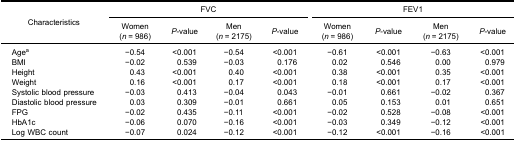
<table><thead><tr><td rowspan="3"><b>Characteristics</b></td><td colspan="4"><b>FVC</b></td><td colspan="4"><b>FEV1</b></td></tr><tr><td><b>Women(<i>n</i> = 986)</b></td><td><b><i>P</i>-value</b></td><td><b>Men(<i>n</i> = 2175)</b></td><td><b><i>P</i>-value</b></td><td><b>Women(<i>n</i> = 986)</b></td><td><b><i>P</i>-value</b></td><td><b>Men(<i>n</i> = 2175)</b></td><td><b><i>P</i>-value</b></td></tr></thead><tbody><tr><td>Age<sup>a</sup></td><td>−0.54</td><td>&lt;0.001</td><td>−0.54</td><td>&lt;0.001</td><td>−0.61</td><td>&lt;0.001</td><td>−0.63</td><td>&lt;0.001</td></tr><tr><td>BMI</td><td>−0.02</td><td>0.539</td><td>−0.03</td><td>0.176</td><td>0.02</td><td>0.546</td><td>0.00</td><td>0.979</td></tr><tr><td>Height</td><td>0.43</td><td>&lt;0.001</td><td>0.40</td><td>&lt;0.001</td><td>0.38</td><td>&lt;0.001</td><td>0.35</td><td>&lt;0.001</td></tr><tr><td>Weight</td><td>0.16</td><td>&lt;0.001</td><td>0.17</td><td>&lt;0.001</td><td>0.18</td><td>&lt;0.001</td><td>0.17</td><td>&lt;0.001</td></tr><tr><td>Systolic blood pressure</td><td>−0.03</td><td>0.413</td><td>−0.04</td><td>0.043</td><td>−0.01</td><td>0.661</td><td>−0.02</td><td>0.367</td></tr><tr><td>Diastolic blood pressure</td><td>0.03</td><td>0.309</td><td>−0.01</td><td>0.661</td><td>0.05</td><td>0.153</td><td>0.01</td><td>0.651</td></tr><tr><td>FPG</td><td>−0.02</td><td>0.435</td><td>−0.11</td><td>&lt;0.001</td><td>−0.02</td><td>0.528</td><td>−0.08</td><td>&lt;0.001</td></tr><tr><td>HbA1c</td><td>−0.06</td><td>0.070</td><td>−0.16</td><td>&lt;0.001</td><td>−0.03</td><td>0.349</td><td>−0.12</td><td>&lt;0.001</td></tr><tr><td>Log WBC count</td><td>−0.07</td><td>0.024</td><td>−0.12</td><td>&lt;0.001</td><td>−0.12</td><td>&lt;0.001</td><td>−0.16</td><td>&lt;0.001</td></tr></tbody></table>